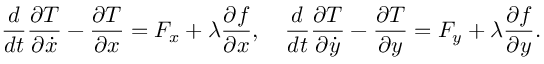
{ \frac { d } { d t } } { \frac { \partial T } { \partial { \dot { x } } } } - { \frac { \partial T } { \partial x } } = F _ { x } + \lambda { \frac { \partial f } { \partial x } } , \quad { \frac { d } { d t } } { \frac { \partial T } { \partial { \dot { y } } } } - { \frac { \partial T } { \partial y } } = F _ { y } + \lambda { \frac { \partial f } { \partial y } } .